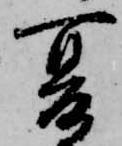
夏